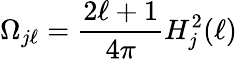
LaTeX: \Omega_{j\ell}=\frac{2\ell+1}{4\pi}H_{j}^{2}(\ell)